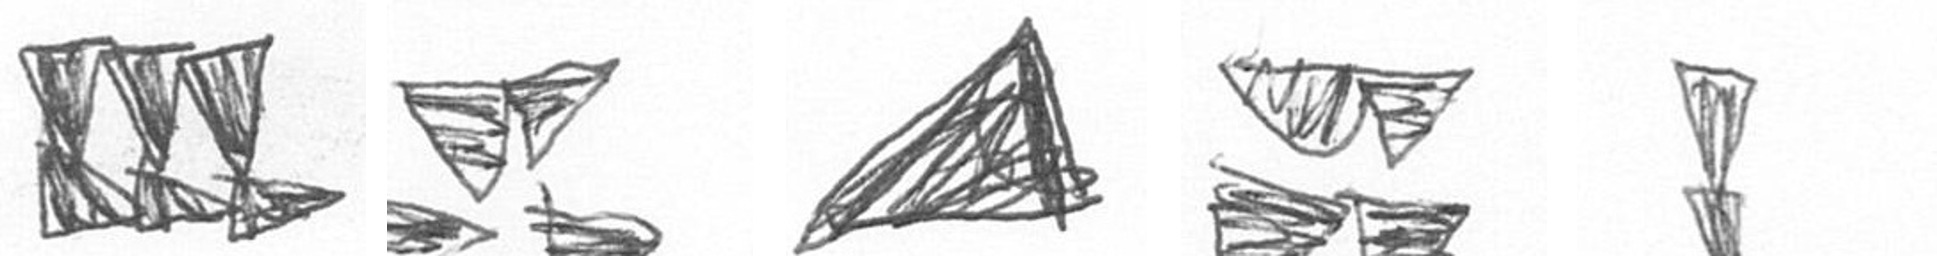
D B O B Z